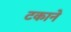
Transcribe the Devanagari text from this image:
टकाने